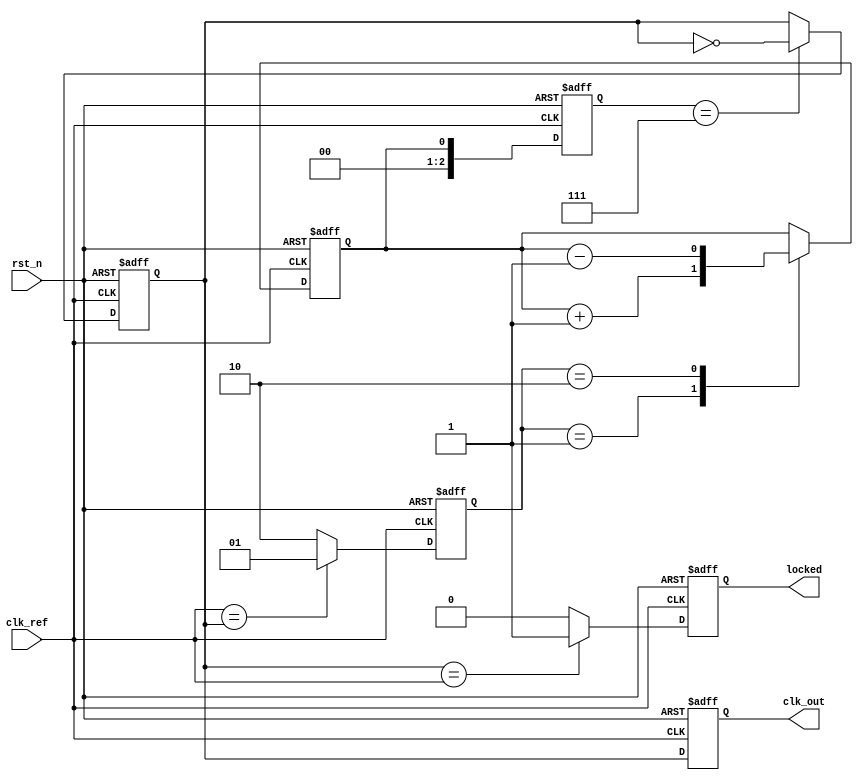
module parameterized_PLL #(
    parameter INPUT_FREQUENCY = 50_000_000, // 50 MHz
    parameter OUTPUT_FREQUENCY = 200_000_000, // 200 MHz
    parameter FEEDBACK_DIVIDER = 4, // Divider value
    parameter PHASE_OFFSET = 0, // Phase offset in degrees
    parameter LOCK_TIME = 100 // Time constant for settling in nanoseconds
)(
    input wire clk_ref,           // Reference clock input
    input wire rst_n,            // Asynchronous reset
    output reg clk_out,          // Output clock
    output reg locked            // PLL locked status
);

    // Internal signals
    reg [1:0] phase_detector;  // Phase detector output
    reg control_voltage;        // Control voltage for VCO
    reg [2:0] vco_frequency;    // VCO frequency control
    reg feedback_clk;           // Feedback clock after division

    // Phase Frequency Detector (PFD)
    always @(posedge clk_ref or negedge rst_n) begin
        if (!rst_n) begin
            phase_detector <= 2'b00;
        end else begin
            // A simple phase detector logic (for demonstration purposes)
            // This should be generalized based on actual phase detector design
            if (clk_ref == feedback_clk) begin
                phase_detector <= 2'b01; // UP signal
            end else begin
                phase_detector <= 2'b10; // DOWN signal
            end
        end
    end

    // Charge Pump
    always @(posedge clk_ref or negedge rst_n) begin
        if (!rst_n) begin
            control_voltage <= 1'b0;
        end else begin
            case (phase_detector)
                2'b01: control_voltage <= control_voltage + 1; // UP
                2'b10: control_voltage <= control_voltage - 1; // DOWN
            endcase
        end
    end

    // Voltage-Controlled Oscillator (VCO)
    always @(posedge clk_ref or negedge rst_n) begin
        if (!rst_n) begin
            vco_frequency <= 3'b000; // Initial frequency
        end else begin
            // Adjust VCO frequency based on control voltage
            vco_frequency <= control_voltage; // Simplified for example
        end
    end

    // Frequency Divider
    always @(posedge clk_ref or negedge rst_n) begin
        if (!rst_n) begin
            feedback_clk <= 1'b0; // Initially low
        end else begin
            // Divide the VCO output based on FEEDBACK_DIVIDER (simplified)
            // A real implementation would need to capture edges from vco_frequency
            // Here, we're toggling simply for demonstration
            if (vco_frequency == 3'b111) begin
                feedback_clk <= ~feedback_clk; // Toggle feedback clock
            end
        end
    end

    // Loop Filter & Output Clock Generation
    always @(posedge clk_ref or negedge rst_n) begin
        if (!rst_n) begin
            clk_out <= 1'b0;
            locked <= 1'b0;
        end else begin
            // Generate output clock based on feedback
            clk_out <= feedback_clk; // Simplified output clock
            // Lock detection logic (status flag)
            if (feedback_clk == clk_ref) begin
                locked <= 1'b1; // The PLL is locked
            end else begin
                locked <= 1'b0; // The PLL is not locked
            end
        end
    end

endmodule